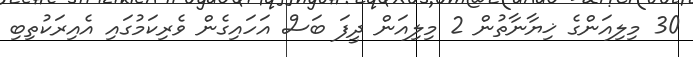
30 މިލިއަންގެ ޚިޔާނާތުން 2 މިލިއަން ދީފަ ބަސް އަހައިގެން ވެރިކަމުގައި އެއިރަކުތިބި